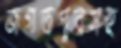
জগতপুরসহ